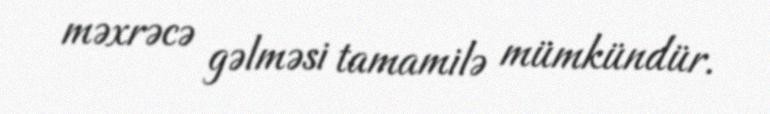
məxrəcə gəlməsi tamamilə mümkündür.